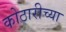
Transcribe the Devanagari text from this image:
कोठारीच्या